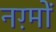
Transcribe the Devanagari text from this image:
नग़्मों